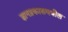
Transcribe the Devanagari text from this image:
ज्ञानप्रकाशमधील